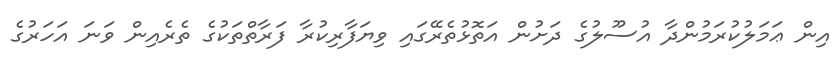
އިން ޢަމަލުކުރަމުންދާ އުސޫލުގެ ދަށުން އަތޮޅުތެރޭގައި ވިޔަފާރިކުރާ ފަރާތްތަކުގެ ތެރެއިން ވަނަ އަހަރުގެ